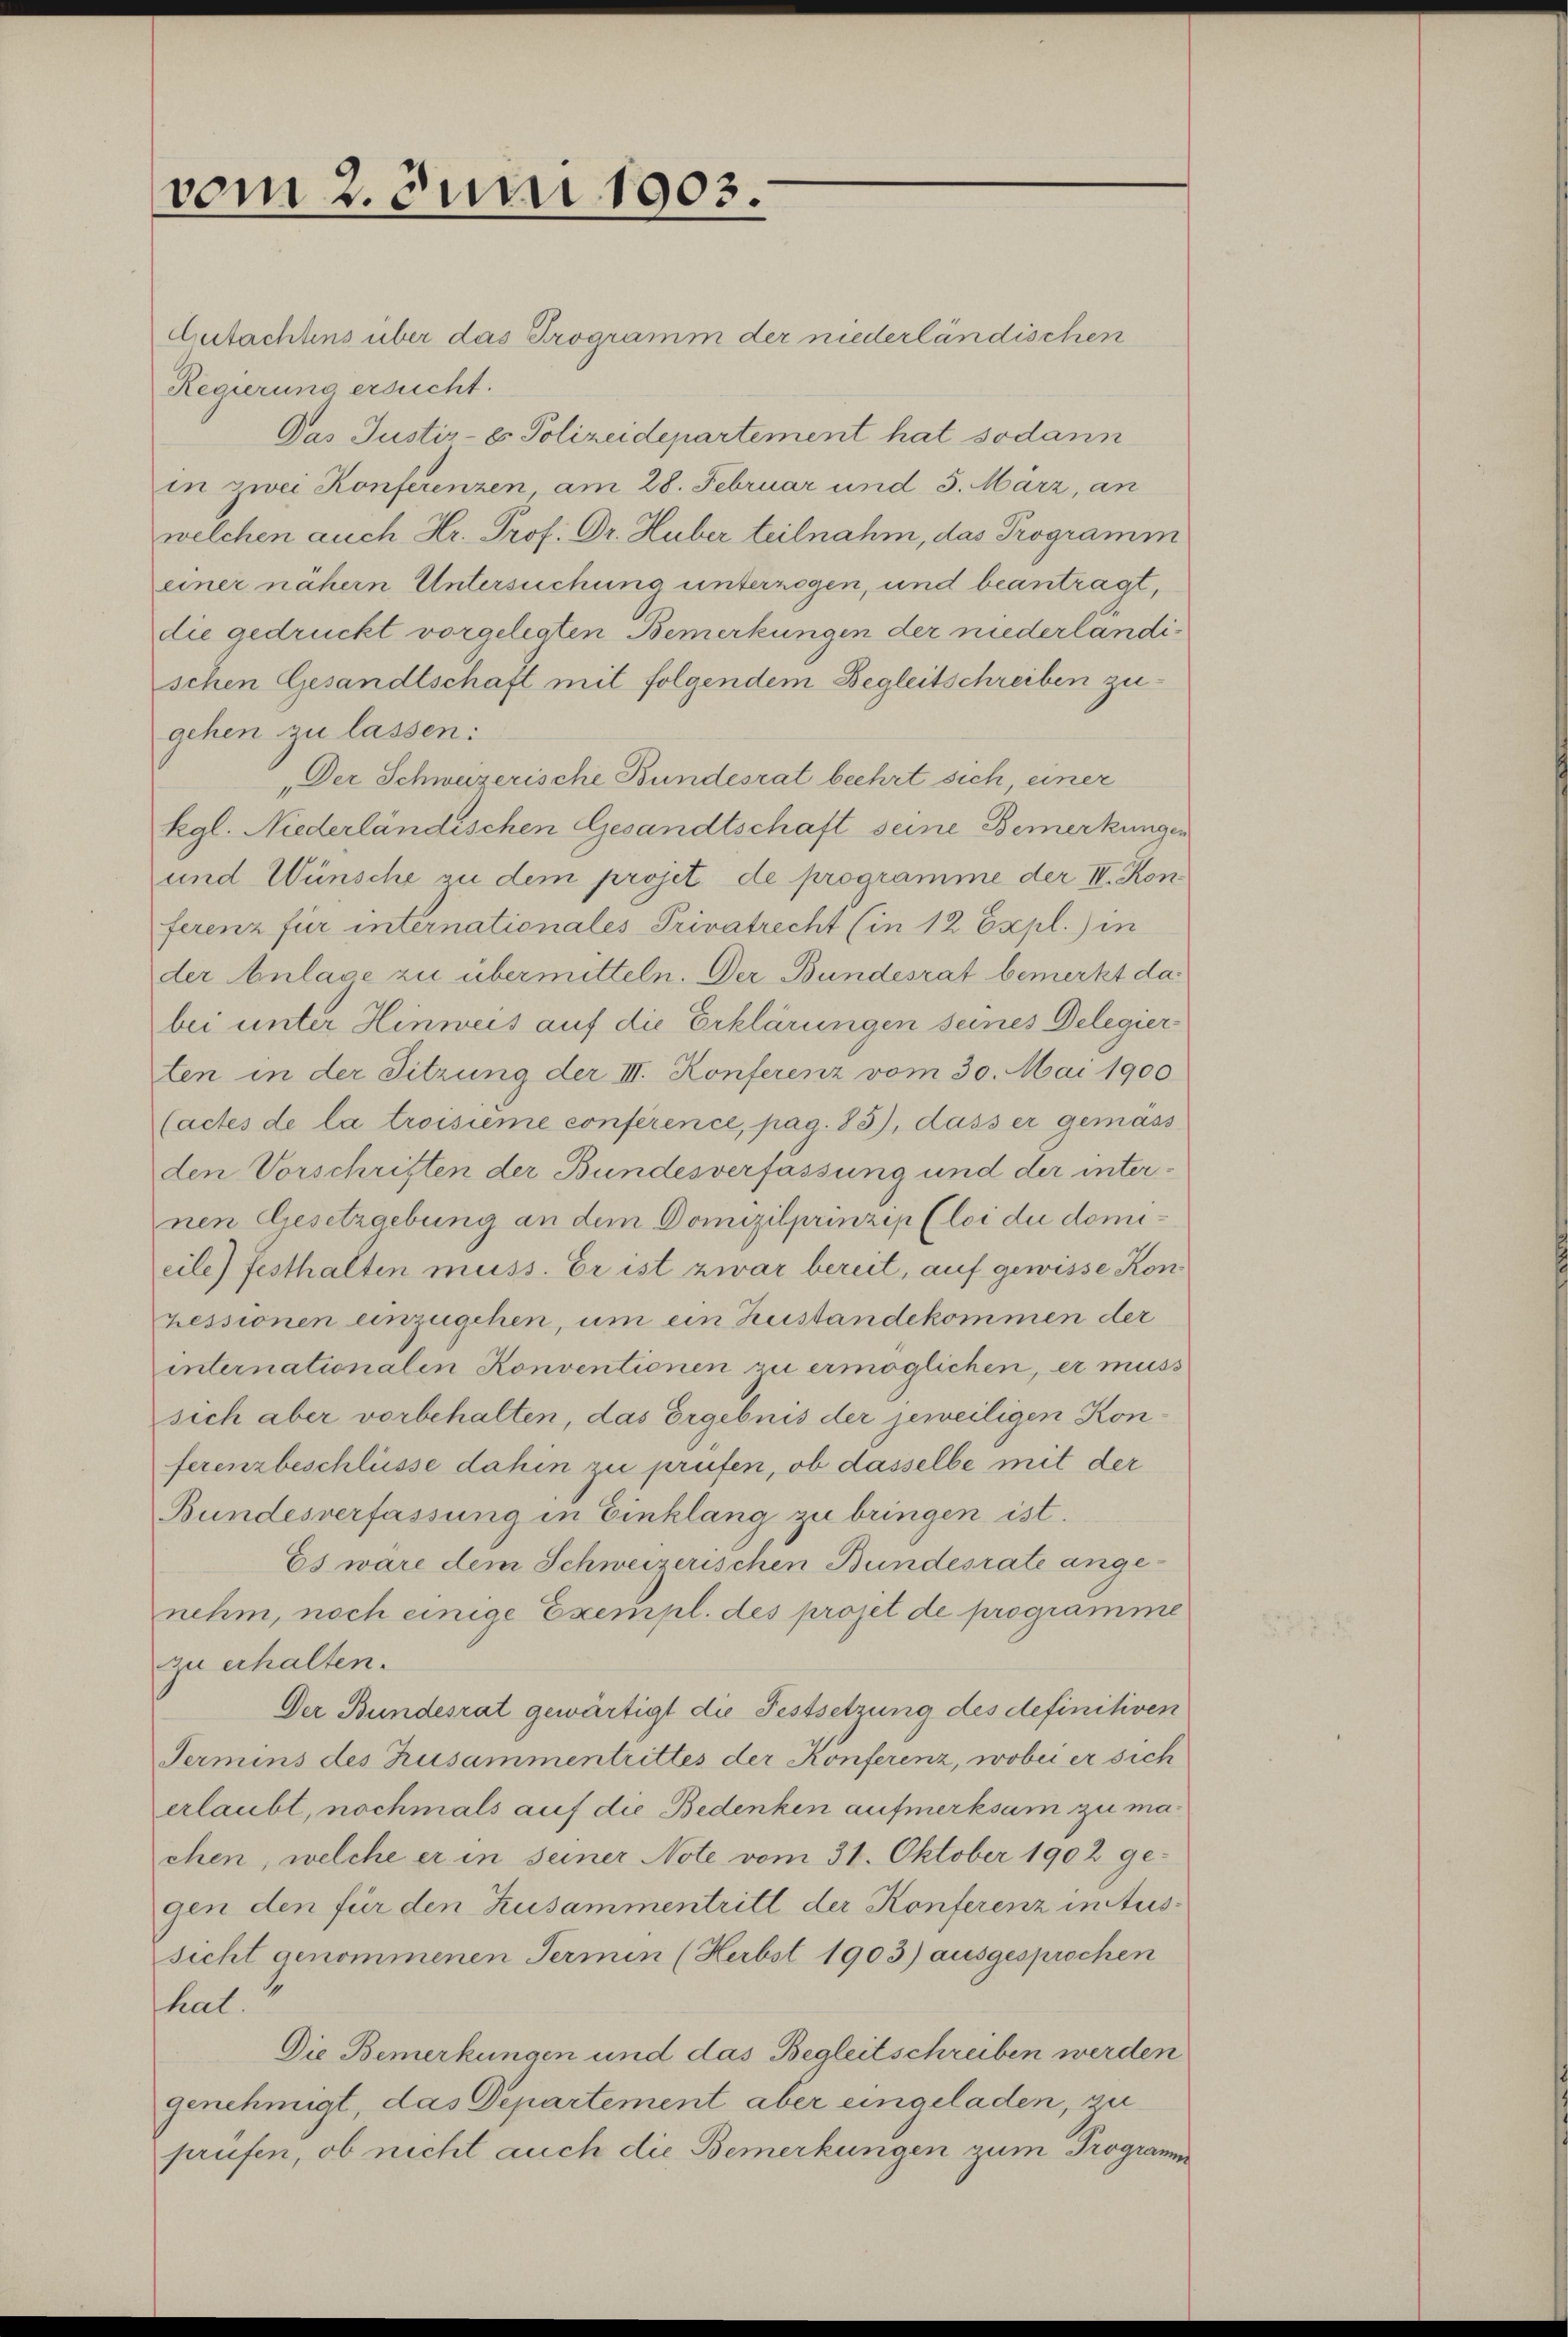
vom 2. Juni 1903.

Gutachtens über das Programm der niederländischen
Regierung ersucht.
Das Justiz- & Polizeidepartement hat sodann
in zwei Konferenzen am 28. Februar und 5. März, an
welchen auch Hr. Prof. Dr. Huber teilnahm, das Programm
einer nähern Untersuchung unterzogen, und beantragt,
die gedruckt vorgelegten Bemerkungen der niederländischen Gesandtschaft mit folgendem Begleitschreiben zugehen zu lassen:
Der Schweizerische Bundesrat beehrt sich, einer
kgl. Niederländischen Gesandtschaft seine Bemerkungen
und Wünsche an dem projet de programme der IV. Kon
ferenz für internationales Privatrecht (in 12 Expl.) in
der Anlase zu übermitteln. Der Bundesrat bemerkt dabei unter Hinweis auf die Erklärungen seines Delegierten in der Sitzung der III. Konferenz vom 30. Mai 1900
(actes de la troisieme conference, pag. 83), dass er gemass
den Vorschriften der Bundesverfassung und der internen Gesetzgebung an dem Domizilprinzip (loi du domicile) festhalten muss. Er ist zwar bereit, auf gewisse Konpessionen einzugehen, um ein Zustandekommen der
internationalen Konventionen zu ermöglichen, er muss
sich aber vorbehalten, das Ergebnis der jeweiligen Konferenzbeschlüsse dahin zu prüfen, ob dasselbe mit der
Bundesverfassung in Einklang zu bringen ist.
Es wäre dem Schweizerischen Bundesrate angenehm, noch einige Exempl. des projet de programme
zu erhalten.
Der Bundesrat gewärtigt die Festsetzung des definitiven
Termins des Zusammentrittes der Konferenz, wobei er sich
erlaubt, nochmals auf die Bedenken aufmerksam zu machen, welche er in seiner Note vom 31. Oktober 1902 gegen den für den Zusammentritt der Konferenz intussicht genommenen Termin (Herbst 1903) ausgesprochen
hat.
Die Bemerkungen und das Begleitschreiben werden
genehmigt, das Departement aber eingeladen, zu
prüfen, ob nicht auch die Bemerkungen zum Programm